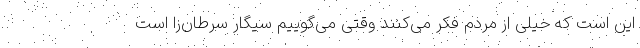
این است که خیلی از مردم فکر می‌کنند وقتی می‌گوییم سیگار سرطان‌زا است